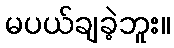
မပယ်ချခဲ့ဘူး။